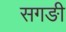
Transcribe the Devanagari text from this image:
सगङी